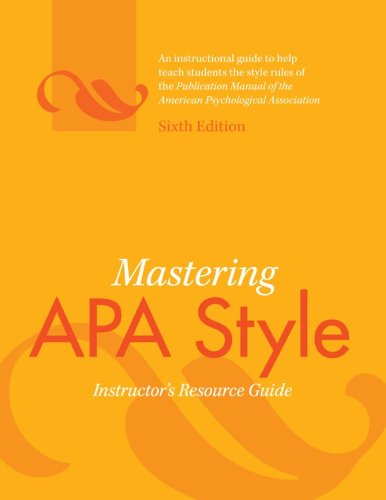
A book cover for Mastering APA Style: Instructor's Resource Guide; Medical Books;